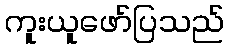
ကူးယူဖော်ပြသည်